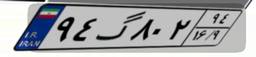
۹۴گ۸۰۲۹۴